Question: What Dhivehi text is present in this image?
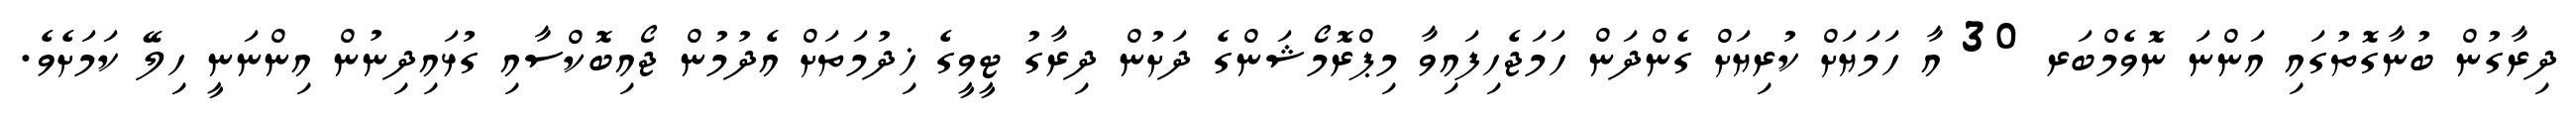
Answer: ދިރާގުން ބުނާގޮތުގައި އަންނަ ނޮވެމްބަރ 30 އާ ހަމަޔަށް ކުރިޔަށް ގެންދަން ހަމަޖެހިފައިވާ މިޕްރޮމޯޝަންގެ ދަށުން ދިރާގު ޓީވީގެ ޚިދުމަތަށް އެދުމުން ޖޯއިބޮކްސާއި ގުޅައިދިނުން އިންނަނީ ހިލޭ ކަމަށެވެ.